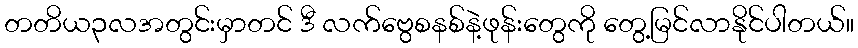
တတိယ၃လအတွင်းမှာတင် ဒီ လက်ဗွေစနစ်နဲ့ဖုန်းတွေကို တွေ့မြင်လာနိုင်ပါတယ်။